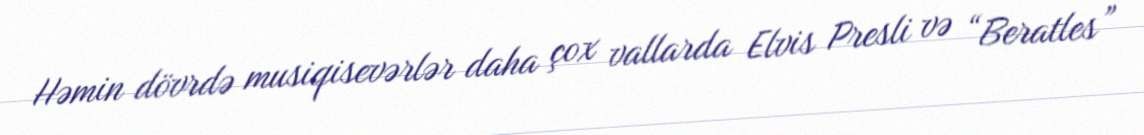
Həmin dövrdə musiqisevərlər daha çox vallarda Elvis Presli və “Beratles”